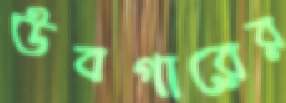
উবগারের